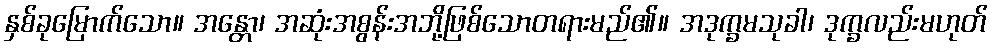
နှစ်ခုမြောက်သော။ အန္တော၊ အဆုံးအစွန်းအဘို့ဖြစ်သောတရားမည်၏။ အဒုက္ခမသုခါ၊ ဒုက္ခလည်းမဟုတ်